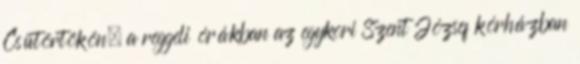
Csütörtökön, a reggeli órákban az egykori Szent József kórházban